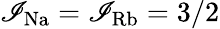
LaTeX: \mathscr{I}_{\mathrm{{Na}}}=\mathscr{I}_{\mathrm{{Rb}}}=3/2